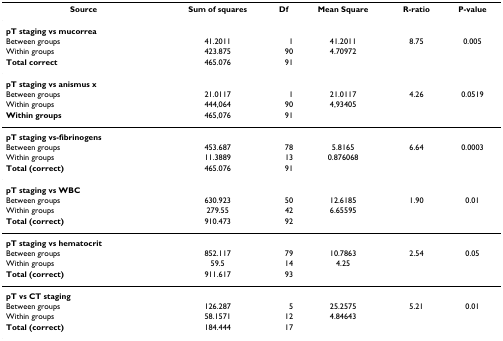
<table><thead><tr><td><b>Source</b></td><td><b>Sum of squares</b></td><td><b>Df</b></td><td><b>Mean Square</b></td><td><b>R-ratio</b></td><td><b>P-value</b></td></tr></thead><tbody><tr><td><b>pT staging vs mucorrea</b></td><td>[EMPTY_CELL]</td><td>[EMPTY_CELL]</td><td>[EMPTY_CELL]</td><td>[EMPTY_CELL]</td><td>[EMPTY_CELL]</td></tr><tr><td>Between groups</td><td>41.2011</td><td>1</td><td>41.2011</td><td>8.75</td><td>0.005</td></tr><tr><td>Within groups</td><td>423.875</td><td>90</td><td>4.70972</td><td>[EMPTY_CELL]</td><td>[EMPTY_CELL]</td></tr><tr><td><b>Total correct</b></td><td>465.076</td><td>91</td><td>[EMPTY_CELL]</td><td>[EMPTY_CELL]</td><td>[EMPTY_CELL]</td></tr><tr><td><b>pT staging vs anismus x</b></td><td>[EMPTY_CELL]</td><td>[EMPTY_CELL]</td><td>[EMPTY_CELL]</td><td>[EMPTY_CELL]</td><td>[EMPTY_CELL]</td></tr><tr><td>Between groups</td><td>21.0117</td><td>1</td><td>21.0117</td><td>4.26</td><td>0.0519</td></tr><tr><td>Within groups</td><td>444,064</td><td>90</td><td>4,93405</td><td>[EMPTY_CELL]</td><td>[EMPTY_CELL]</td></tr><tr><td><b>Within groups</b></td><td>465,076</td><td>91</td><td>[EMPTY_CELL]</td><td>[EMPTY_CELL]</td><td>[EMPTY_CELL]</td></tr><tr><td><b>pT staging vs-fibrinogens</b></td><td>[EMPTY_CELL]</td><td>[EMPTY_CELL]</td><td>[EMPTY_CELL]</td><td>[EMPTY_CELL]</td><td>[EMPTY_CELL]</td></tr><tr><td>Between groups</td><td>453.687</td><td>78</td><td>5.8165</td><td>6.64</td><td>0.0003</td></tr><tr><td>Within groups</td><td>11.3889</td><td>13</td><td>0.876068</td><td>[EMPTY_CELL]</td><td>[EMPTY_CELL]</td></tr><tr><td><b>Total (correct)</b></td><td>465.076</td><td>91</td><td>[EMPTY_CELL]</td><td>[EMPTY_CELL]</td><td>[EMPTY_CELL]</td></tr><tr><td><b>pT staging vs WBC</b></td><td>[EMPTY_CELL]</td><td>[EMPTY_CELL]</td><td>[EMPTY_CELL]</td><td>[EMPTY_CELL]</td><td>[EMPTY_CELL]</td></tr><tr><td>Between groups</td><td>630.923</td><td>50</td><td>12.6185</td><td>1.90</td><td>0.01</td></tr><tr><td>Within groups</td><td>279.55</td><td>42</td><td>6.65595</td><td>[EMPTY_CELL]</td><td>[EMPTY_CELL]</td></tr><tr><td><b>Total (correct)</b></td><td>910.473</td><td>92</td><td>[EMPTY_CELL]</td><td>[EMPTY_CELL]</td><td>[EMPTY_CELL]</td></tr><tr><td><b>pT staging vs hematocrit</b></td><td>[EMPTY_CELL]</td><td>[EMPTY_CELL]</td><td>[EMPTY_CELL]</td><td>[EMPTY_CELL]</td><td>[EMPTY_CELL]</td></tr><tr><td>Between groups</td><td>852.117</td><td>79</td><td>10.7863</td><td>2.54</td><td>0.05</td></tr><tr><td>Within groups</td><td>59.5</td><td>14</td><td>4.25</td><td>[EMPTY_CELL]</td><td>[EMPTY_CELL]</td></tr><tr><td><b>Total (correct)</b></td><td>911.617</td><td>93</td><td>[EMPTY_CELL]</td><td>[EMPTY_CELL]</td><td>[EMPTY_CELL]</td></tr><tr><td><b>pT vs CT staging</b></td><td>[EMPTY_CELL]</td><td>[EMPTY_CELL]</td><td>[EMPTY_CELL]</td><td>[EMPTY_CELL]</td><td>[EMPTY_CELL]</td></tr><tr><td>Between groups</td><td>126.287</td><td>5</td><td>25.2575</td><td>5.21</td><td>0.01</td></tr><tr><td>Within groups</td><td>58.1571</td><td>12</td><td>4.84643</td><td>[EMPTY_CELL]</td><td>[EMPTY_CELL]</td></tr><tr><td><b>Total (correct)</b></td><td>184.444</td><td>17</td><td>[EMPTY_CELL]</td><td>[EMPTY_CELL]</td><td>[EMPTY_CELL]</td></tr></tbody></table>